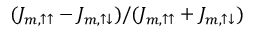
( J _ { m , \uparrow \uparrow } - J _ { m , \uparrow \downarrow } ) / ( J _ { m , \uparrow \uparrow } + J _ { m , \uparrow \downarrow } )